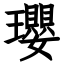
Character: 瓔